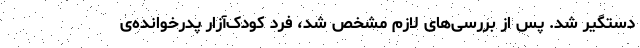
دستگیر شد. پس از بررسی‌های لازم مشخص شد، فرد کودک‌آزار پدرخوانده‌ی